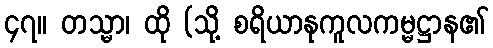
၄၇။ တသ္မာ၊ ထို (သို့ စရိယာနုကူလကမ္မဋ္ဌာန၏